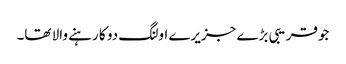
جوقریبی بڑے جزیرے اولنگ دو کا رہنے والا تھا۔